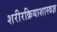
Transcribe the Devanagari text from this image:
शरीरक्रियाशास्त्रज्ञ